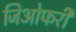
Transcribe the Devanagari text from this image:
जिओफरी